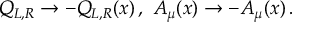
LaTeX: Q _ { L , R } \to - Q _ { L , R } ( x ) \, , \ A _ { \mu } ( x ) \to - A _ { \mu } ( x ) \, .